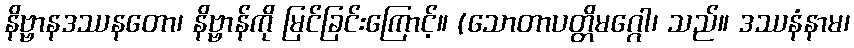
နိဗ္ဗာနဒဿနတော၊ နိဗ္ဗာန်ကို မြင်ခြင်းကြောင့်။ (သောတာပတ္တိမဂ္ဂေါ၊ သည်။ ဒဿနံနာမ၊